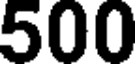
500